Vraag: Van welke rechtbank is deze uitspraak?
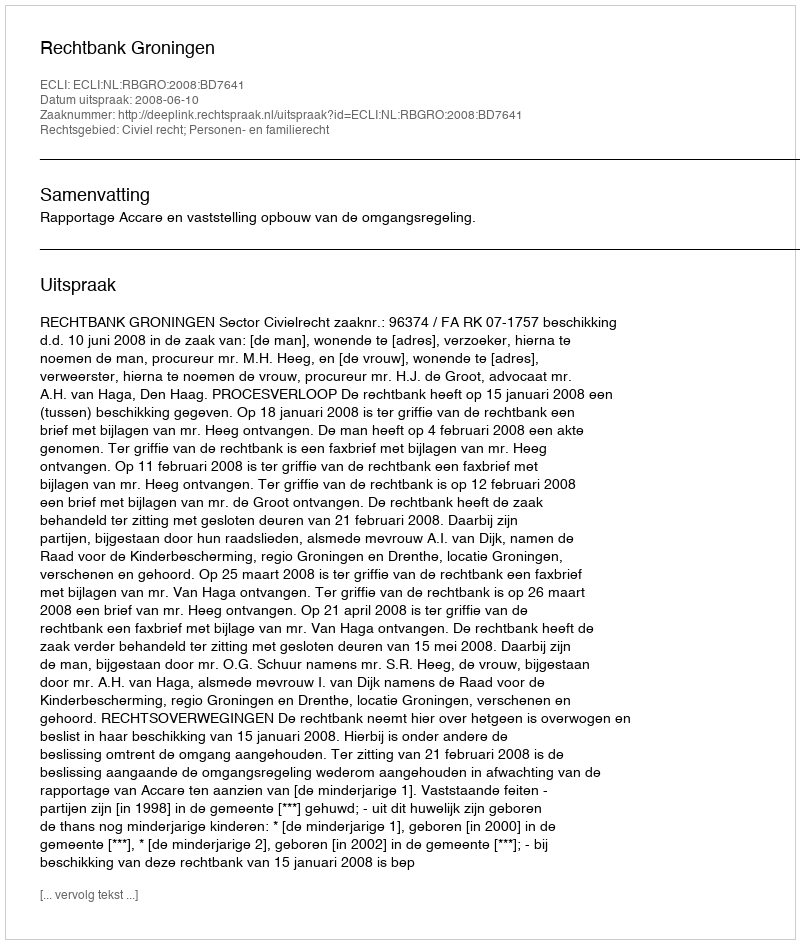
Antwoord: Rechtbank Groningen